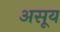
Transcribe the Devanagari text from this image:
असूय